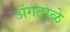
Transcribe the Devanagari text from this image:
अंगटाळे